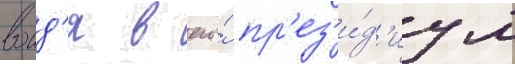
воид'я в его́ пр'ез'и́д'иум